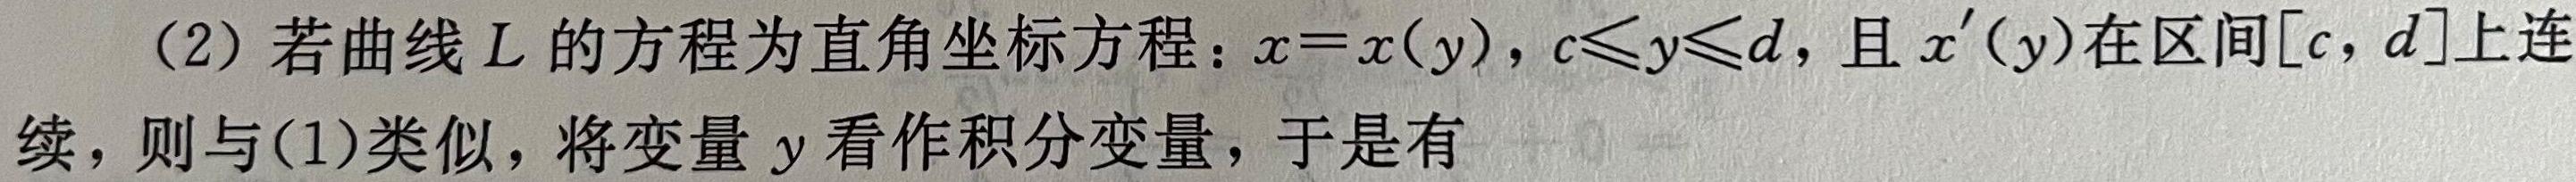
(2) 若曲线$L$的方程为直角坐标方程：$x = x(y)$，$c\leqslant y\leqslant d$，且$x'(y)$在区间$[c, d]$上连续，则与(1)类似，将变量$y$看作积分变量，于是有